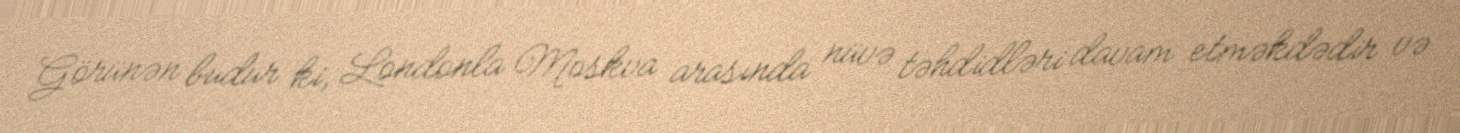
Görünən budur ki, Londonla Moskva arasında nüvə təhdidləri davam etməkdədir və